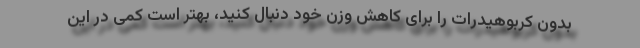
بدون کربوهیدرات را برای کاهش وزن خود دنبال کنید، بهتر است کمی در این